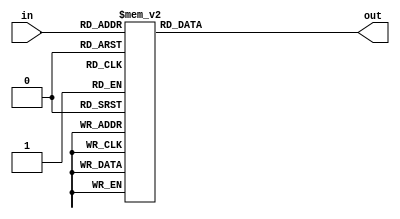
`timescale 1ns / 1ps
//////////////////////////////////////////////////////////////////////////////////
// Company: 
// Engineer: 
// 
// Design Name: 
// Module Name: add3
// Project Name: 
// Target Devices: 
// Tool Versions: 
// Description: 
// 
// Dependencies: 
// 
// Revision:
// Revision 0.01 - File Created
// Additional Comments:
// 
//////////////////////////////////////////////////////////////////////////////////

module add3(in,out);

input [3:0] in;
output [3:0] out;
reg [3:0] out;

always @ (in)
    case (in)
        4'b0000: out = 4'b0000;
        4'b0001: out = 4'b0001;
        4'b0010: out = 4'b0010;
        4'b0011: out = 4'b0011;
        4'b0100: out = 4'b0100;
        4'b0101: out = 4'b1000;
        4'b0110: out = 4'b1001;
        4'b0111: out = 4'b1010;
        4'b1000: out = 4'b1011;
        4'b1001: out = 4'b1100;
        default: out = 4'b0000;
    endcase
endmodule